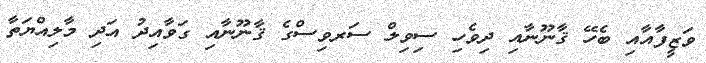
ވަޒީފާއާއި ބެހޭ ޤާނޫނާއި ދިވެހި ސިވިލް ސަރވިސްގެ ޤާނޫނާއި ގަވާއިދު އަދި މާލިއްޔަތާ